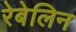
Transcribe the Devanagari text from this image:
रेबेलिन